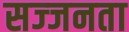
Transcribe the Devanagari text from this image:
सज्‍जनता